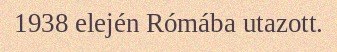
1938 elején Rómába utazott.